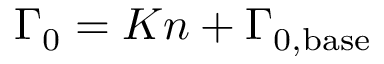
\Gamma _ { 0 } = K n + \Gamma _ { 0 , \mathrm { b a s e } }